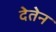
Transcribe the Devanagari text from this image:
देतेन